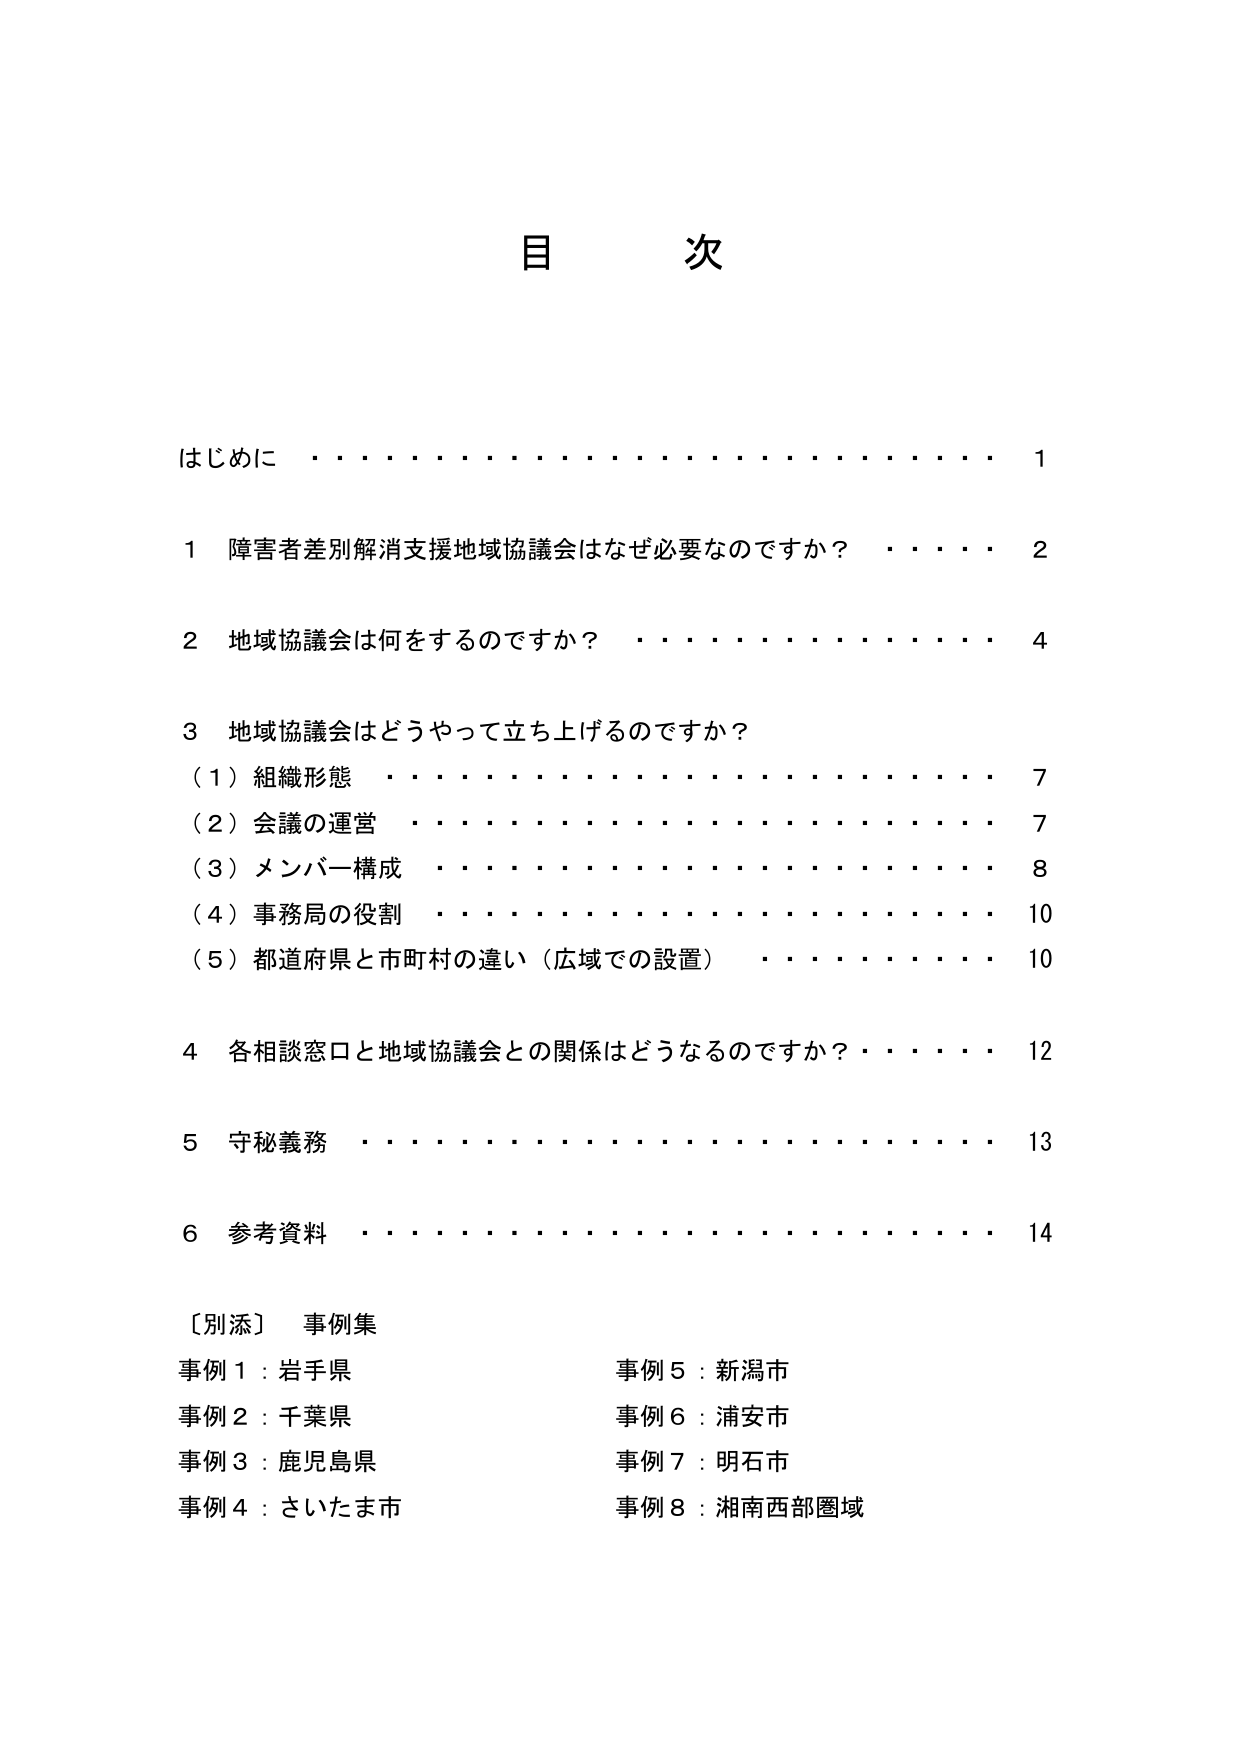
目 次

はじめに ・・・・・・・・・・・・・・・・・・・・・・・・ 1

1 障害者差別解消支援地域協議会はなぜ必要なのですか？ ・・・・ 2

2 地域協議会は何をするのですか？ ・・・・・・・・・・・・・・ 4

3 地域協議会はどうやって立ち上げるのですか？
（1）組織形態 ・・・・・・・・・・・・・・・・・・・・・・ 7
（2）会議の運営 ・・・・・・・・・・・・・・・・・・・・・・ 7
（3）メンバー構成 ・・・・・・・・・・・・・・・・・・・・・ 8
（4）事務局の役割 ・・・・・・・・・・・・・・・・・・・・・ 10
（5）都道府県と市町村の違い（広域での設置） ・・・・・・・・ 10

4 各相談窓口と地域協議会との関係はどうなるのですか？ ・・・・ 12

5 守秘義務 ・・・・・・・・・・・・・・・・・・・・・・・・ 13

6 参考資料 ・・・・・・・・・・・・・・・・・・・・・・・・ 14

［別添］ 事例集
事例1：岩手県 事例5：新潟市
事例2：千葉県 事例6：浦安市
事例3：鹿児島県 事例7：明石市
事例4：さいたま市 事例8：湘南西部圏域